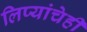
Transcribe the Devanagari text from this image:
लिप्यांचेही